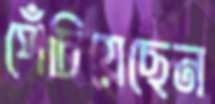
পেঁচিয়েছেন